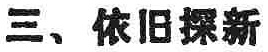
三、依旧探新